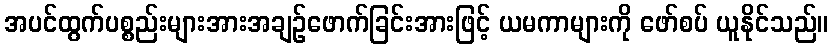
အပင်ထွက်ပစ္စည်းများအားအချဉ်ဖောက်ခြင်းအားဖြင့် ယမကာများကို ဖော်စပ် ယူနိုင်သည်။